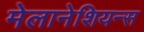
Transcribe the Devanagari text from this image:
मेलानेशियन्स